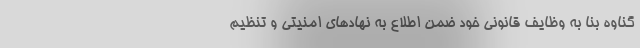
گناوه بنا به وظایف قانونی خود ضمن اطلاع به نهادهای امنیتی و تنظیم